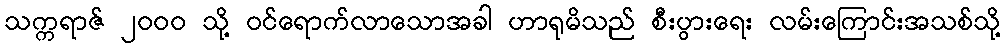
သက္ကရာဇ် ၂၀၀၀ သို့ ဝင်ရောက်လာသောအခါ ဟာရုမိသည် စီးပွားရေး လမ်းကြောင်းအသစ်သို့